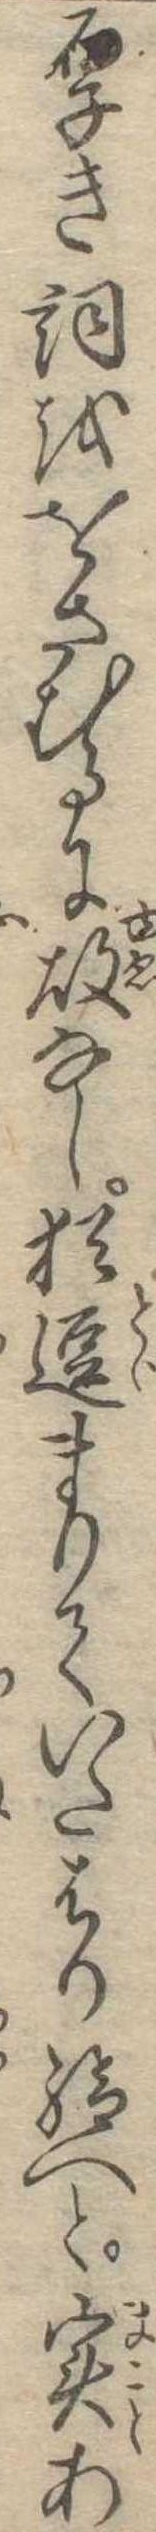
厚き詞ををさむるに故なし猶逗まりていたはり給へと実あ